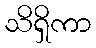
သိရှိကာ